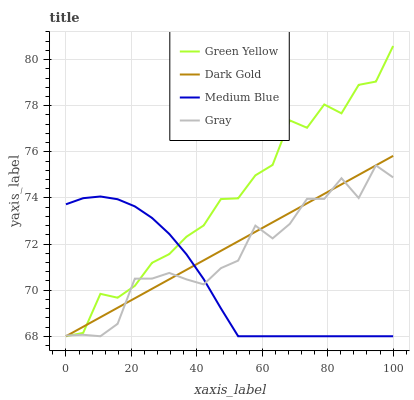
| xaxis_label | Green Yellow | Dark Gold | Medium Blue | Gray |
 | --- | --- | --- | --- | --- |
 | 0 | 68 | 68 | 73.7 | 68 |
 | 5.26 | 68.1 | 68.4 | 74 | 68.1 |
 | 10.5 | 69.8 | 68.8 | 74.1 | 68 |
 | 15.8 | 69.7 | 69.2 | 73.9 | 68.5 |
 | 21.1 | 70.2 | 69.6 | 73.6 | 70.5 |
 | 26.3 | 71.2 | 70.1 | 73.1 | 70.5 |
 | 31.6 | 71.6 | 70.5 | 72.4 | 70.7 |
 | 36.8 | 72.3 | 70.9 | 71.6 | 70.5 |
 | 42.1 | 72.8 | 71.3 | 70.5 | 70.2 |
 | 47.4 | 74 | 71.7 | 69.2 | 71 |
 | 52.6 | 74 | 72.1 | 68 | 71.3 |
 | 57.9 | 75 | 72.5 | 68 | 72.8 |
 | 63.2 | 75.4 | 72.9 | 68 | 72.2 |
 | 68.4 | 77.4 | 73.4 | 68 | 72.9 |
 | 73.7 | 77 | 73.8 | 68 | 74 |
 | 78.9 | 78.1 | 74.2 | 68 | 74 |
 | 84.2 | 77.7 | 74.6 | 68 | 74.9 |
 | 89.5 | 78.9 | 75 | 68 | 74 |
 | 94.7 | 79 | 75.4 | 68 | 75.4 |
 | 100 | 80.6 | 75.8 | 68 | 74.9 |